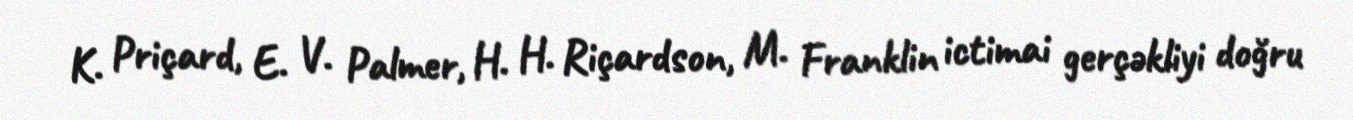
K. Priçard, E. V. Palmer, H. H. Riçardson, M. Franklin ictimai gerçəkliyi doğru